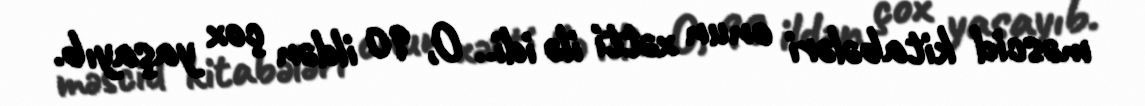
məscid kitabələri onun xətti ilə idi.. O, 90 ildən çox yaşayıb.